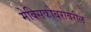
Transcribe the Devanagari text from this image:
मेक्सिकोबरोबरील